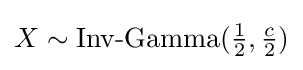
X\sim {\textrm {Inv-Gamma}}({\tfrac {1}{2}},{\tfrac {c}{2}})